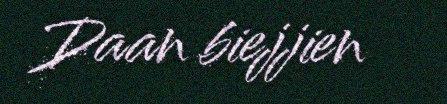
Daan biejjien